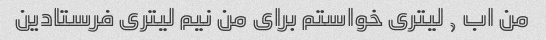
من اب ٫ لیتری خواستم برای من نیم لیتری فرستادین